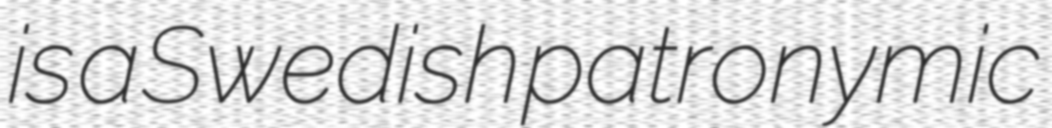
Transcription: is a Swedish patronymic